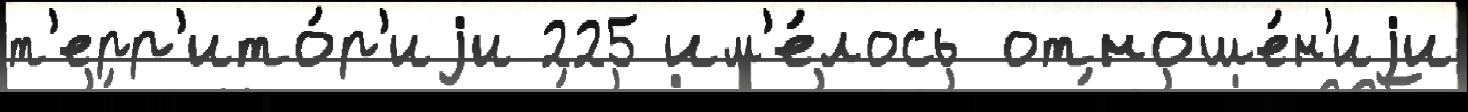
т'ерр'ито́р'иjи 225 им'е́лось отноше́н'иjи